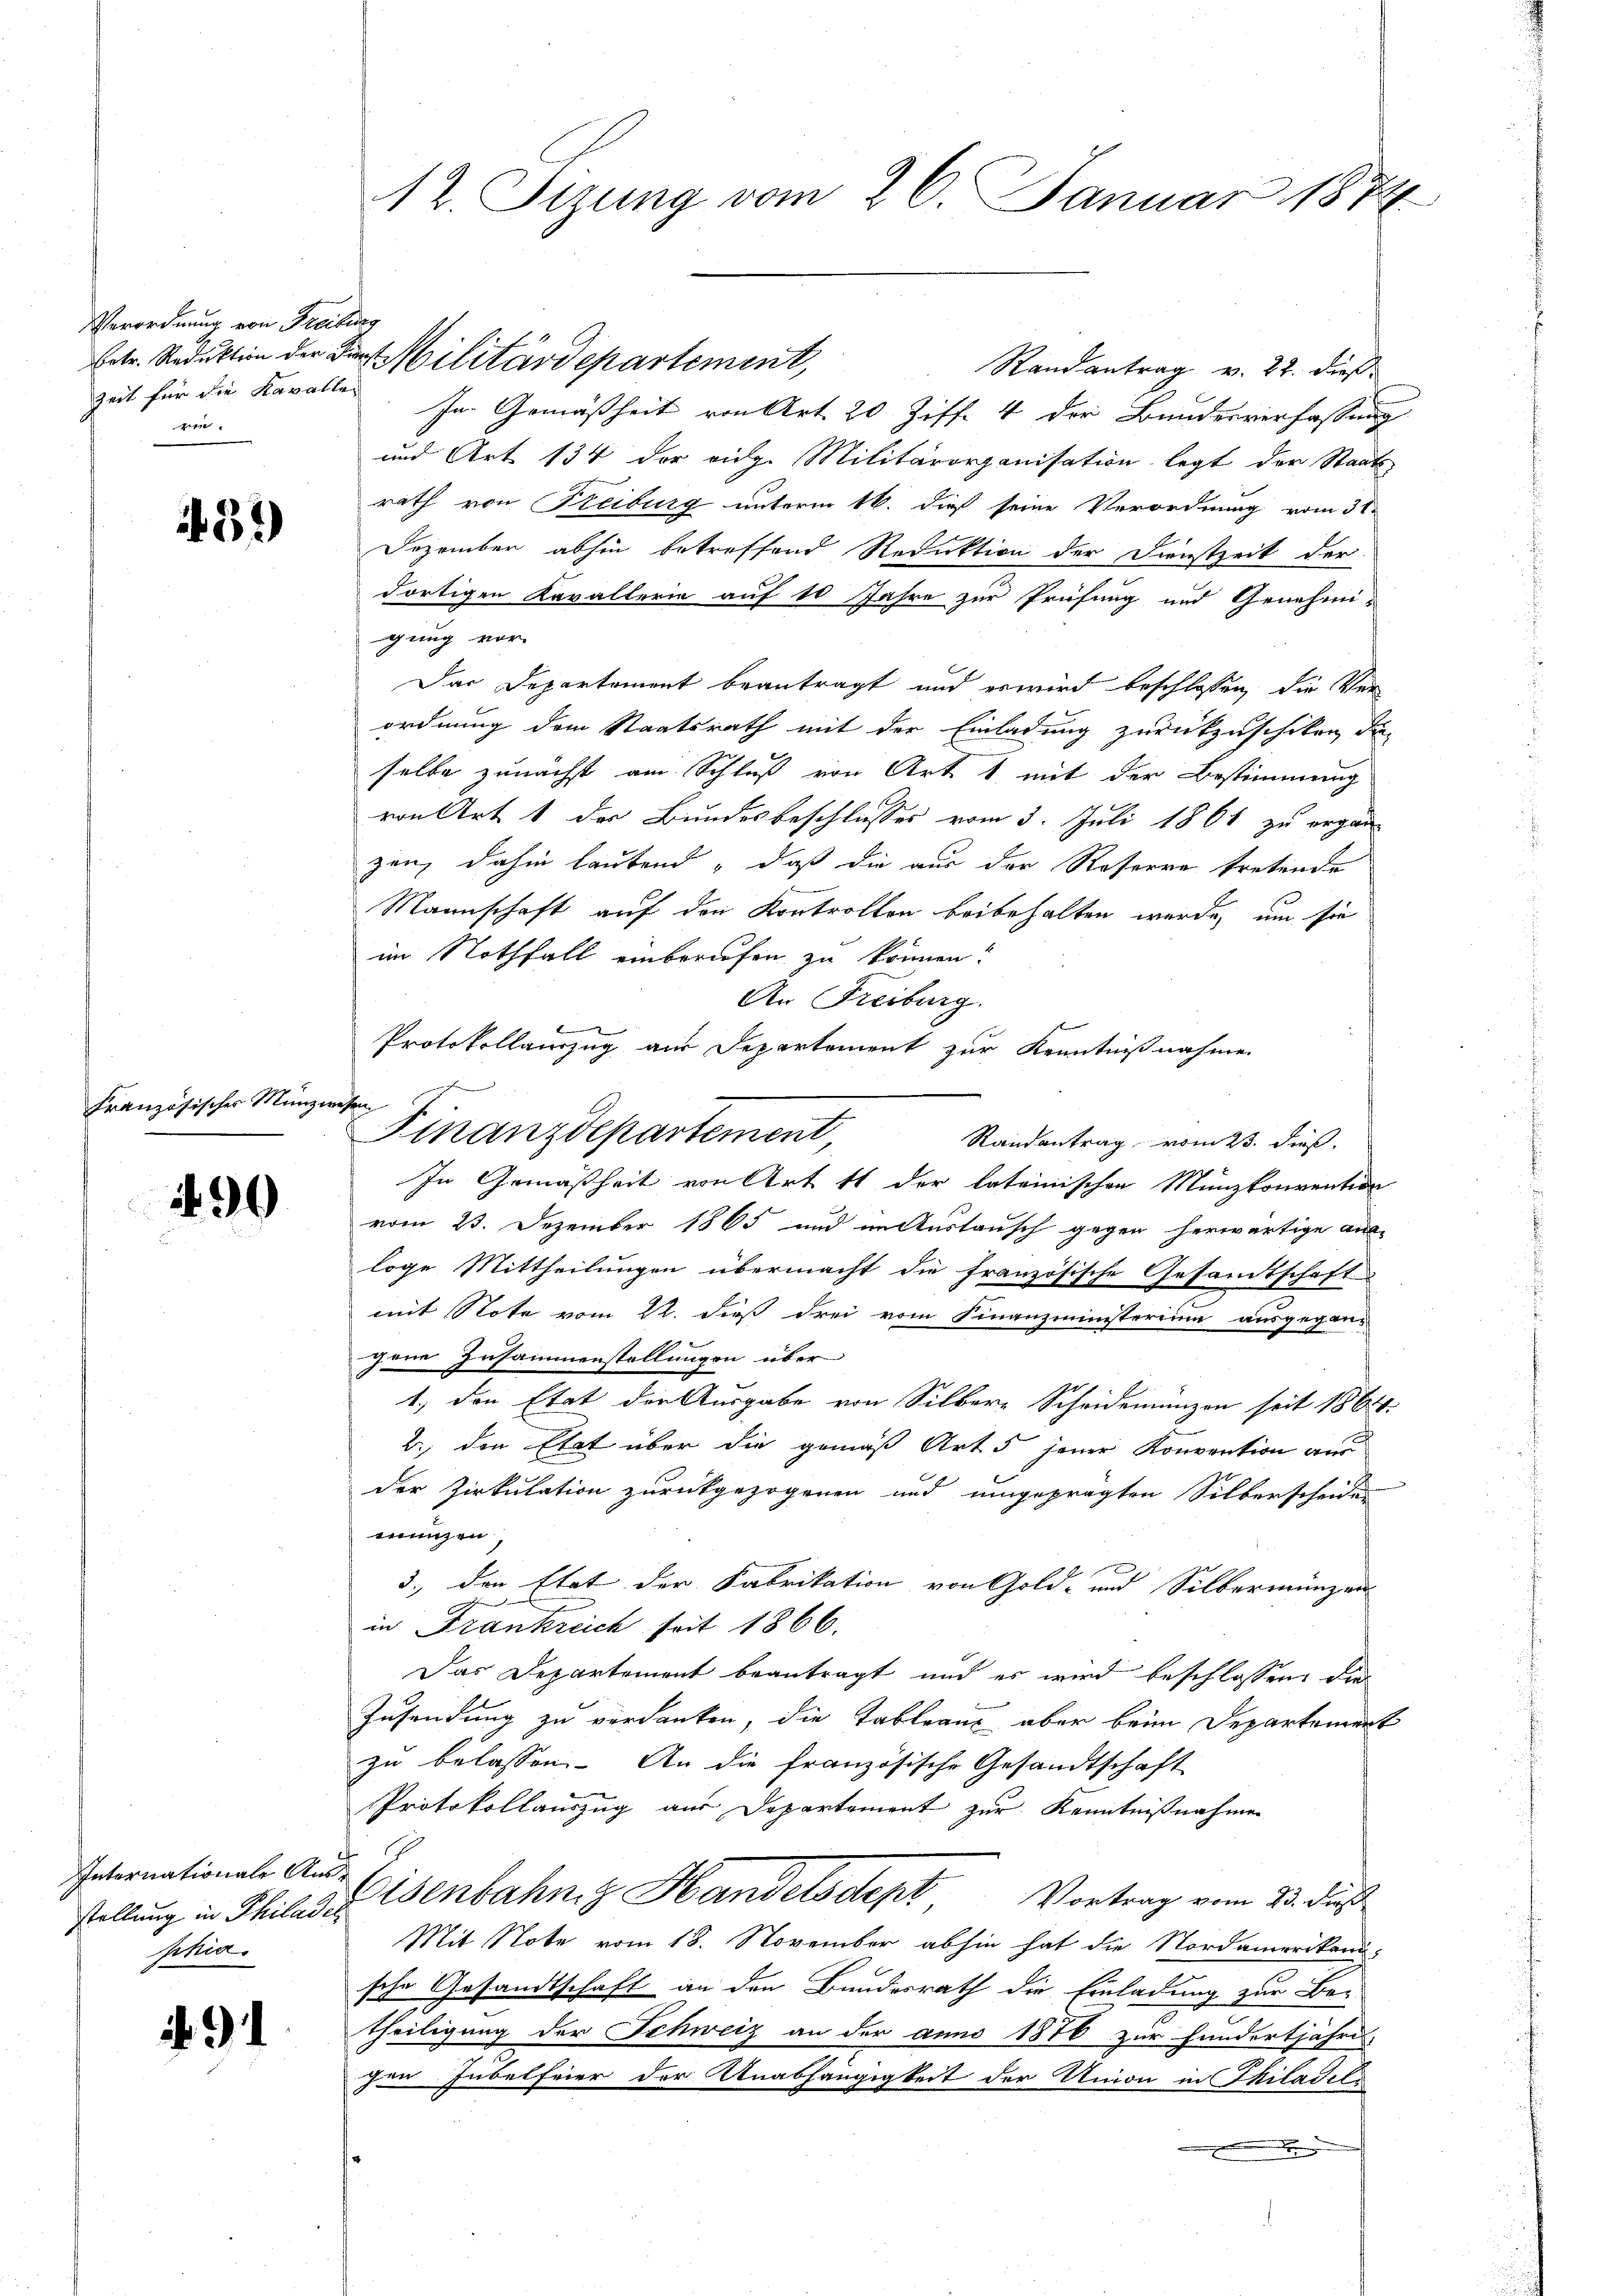
Verordnung von Freiburg
Zeit für die Kavalle
e

32)

Französisches Münze
e

490

Internationale Ausstellung in Philaden
Schier.

. 91

12. Fizung vom 26. Januar 1874

betr. Reduktion der Militärdepartement,

Protokollanzug aus Departement zur Kenntnißnahme
rassen
Finanzdepartement,

Randantrag v. 22. dieß
In Gemäßheit von Art. 20 Ziff. 4 der Bundesverfassung
und Art. 134 der eidg. Militärorganisation legt der Staats-
rath von Freiburg unterm 16. dieß seine Verordnung vom 31.
Dezember abhin betreffend Reduktion der Dienstzeit der
dortigen Kavallern auf 10 Jahre zur Prüfung und Genehmi-
gung vor-
Das Departement beantragt und es wird beschlossen, die Ver
ordnung dem Staatsrath mit der Einladung zurückzuschiken, da
selbe zunächst am Schluß von Art 1, mit der Bestimmung
von Art. 1 der Bundesbeschliesses vom 3. Juli 1861 zu ergan
zen, dahin lautend „daß die aus der Reserre tretende
Mannschaft auf den Kontrollen beibehalten werde, um sie
im Nothfall einberufen zu können?
An Freiburg.
Randantrag vom 23. dieß,
In Gemäßheit von Art. 11 der lateinischen Münzkonvention
vom 23. Dezember 1865 und im Austausch gegen herwärtige aus-
loge Mittheilungen übermacht die französische Gesandtschaft
mit Note vom 22. dieß drei vom Finanzministerium ausgegen-
gene Zusammenstellungen über
1.) den Etat der Ausgabe von Silbere Scheidemanzen seit 186
2., den Etat über die gemäß Art. 5 jener Konvention aus
e
der Zirkulation zurückgezogenen und umgeprägten Silberscheidun
munzen
3., den Etat der Fabrikation von Gold- und Silbermünzen
in Frankreich seit 1866.
Das Departement beantragt und es wird beschlossen, die
Zusendung zu verdanken, die Tableaus aber beim Departement
zu belassen. An die französische Gesandtschaft
Protokollauszug aus Departement zur Kenntnißnahmen
 Eisenbahn z Handelsdept Vortrag vom 23. dieß
Mit Note vom 18. November abhin hat die Nordamerikani-
sche Gesandtschaft an den Bundesrath die Einladung zur Be-
theiligung der Schweiz an der anno 1876 zur hundertjähre
hen Jubelfeier der Anabhängigkeit der Union in Philadeli
.